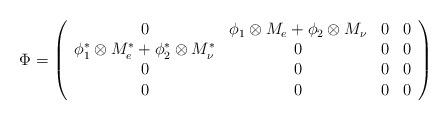
LaTeX: \begin{align*}\Phi = \left( \begin{array}{cccc}0 & \phi _1 \otimes M_e + \phi _2 \otimes M_{\nu} &0 &0 \\ \phi^* _1 \otimes M^*_e + \phi^* _2 \otimes M^*_{\nu} & 0&0&0 \\0&0&0&0 \\0&0&0&0 \end{array} \right)\end{align*}